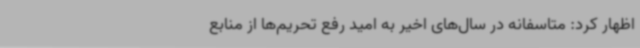
اظهار کرد: متاسفانه در سال‌های اخیر به امید رفع تحریم‌ها از منابع